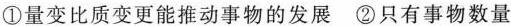
①量变比质变更能推动事物的发展 ②只有事物数量A.①②B.①③C.②④D.③④